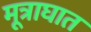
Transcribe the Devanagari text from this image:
मूत्राघात